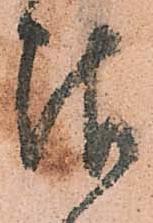
報